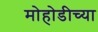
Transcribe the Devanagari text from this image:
मोहोडीच्या